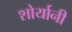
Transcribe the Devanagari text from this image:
शोर्यानी